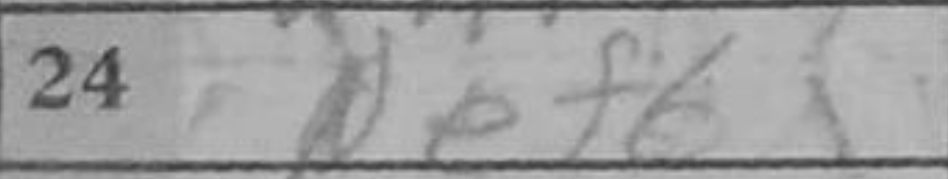
Transcription: Nef6